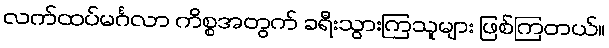
လက်ထပ်မင်္ဂလာ ကိစ္စအတွက် ခရီးသွားကြသူများ ဖြစ်ကြတယ်။